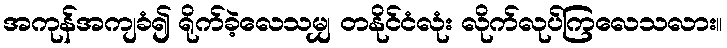
အကုန်အကျခံ၍ ရိုက်ခဲ့လေသမျှ တနိုင်ငံလုံး လိုက်လုပ်ကြလေသလား။